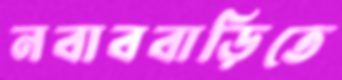
নবাববাড়িতে